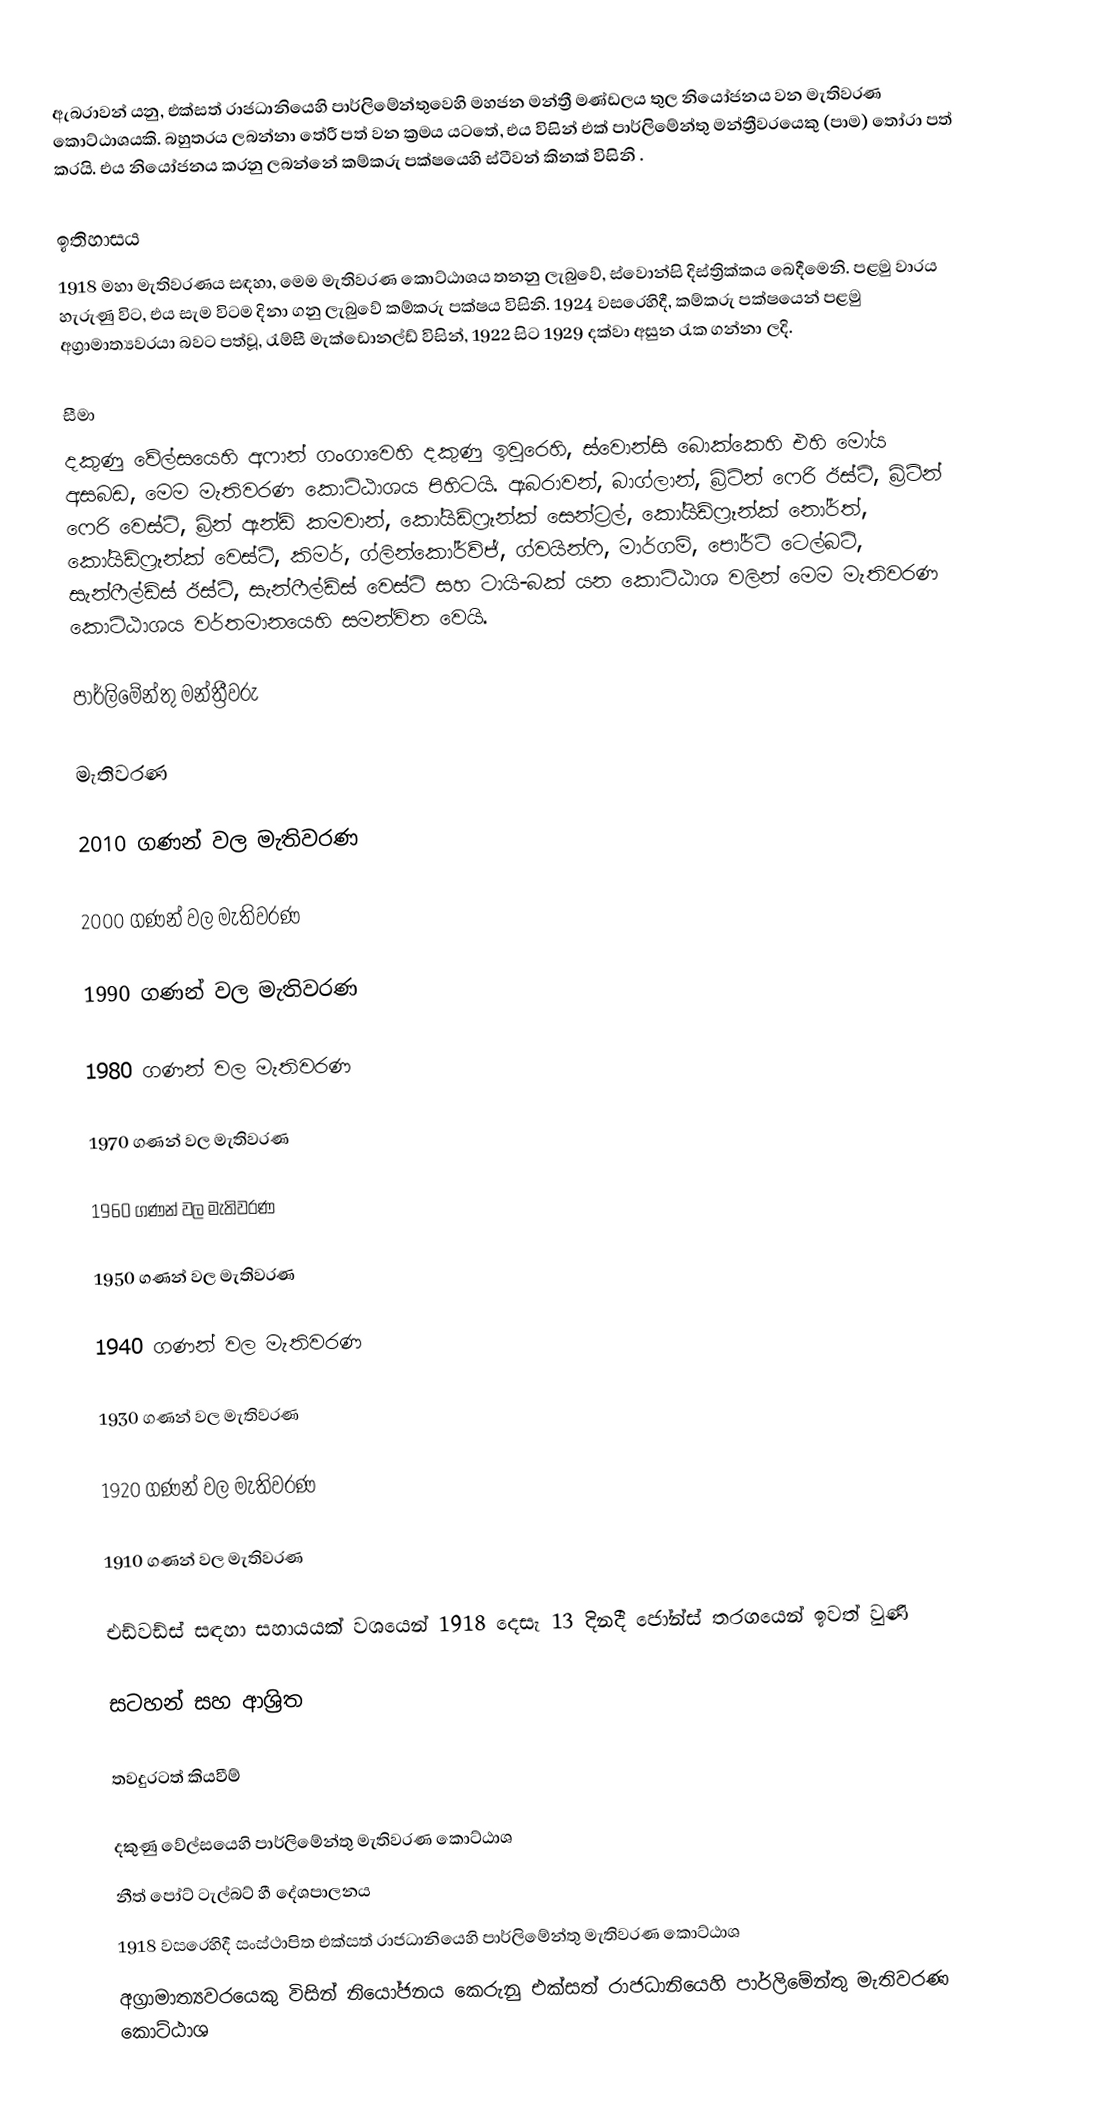
ඇබරාවන්  යනු,  එක්සත් රාජධානියෙහි පාර්ලිමේන්තුවෙහි මහජන මන්ත්‍රී මණ්ඩලය තුල නියෝජනය වන  මැතිවරණ කොට්ඨාශයකි. බහුතරය ලබන්නා තේරී පත් වන ක්‍රමය යටතේ, එය විසින් එක් පාර්ලිමේන්තු මන්ත්‍රීවරයෙකු (පාම) තෝරා පත් කරයි. එය නියෝජනය කරනු ලබන්නේ කම්කරු පක්ෂයෙහි  ස්ටීවන් කිනක් විසිනි .

ඉතිහාසය
1918 මහා මැතිවරණය සඳහා,  මෙම මැතිවරණ කොට්ඨාශය තනනු ලැබුවේ,    ස්වොන්සි දිස්ත්‍රික්කය බෙදීමෙනි.  පළමු වාරය හැරුණු විට, එය සැම විටම දිනා ගනු ලැබුවේ කම්කරු පක්ෂය විසිනි. 1924 වසරෙහිදී, කම්කරු පක්ෂයෙන් පළමු අග්‍රාමාත්‍යවරයා බවට පත්වූ, රැම්සී මැක්ඩොනල්ඩ් විසින්,  1922 සිට 1929 දක්වා අසුන රැක ගන්නා ලදි.

සීමා
දකුණු වේල්සයෙහි අෆාන් ගංගාවෙහි දකුණු ඉවුරෙහි,  ස්වොන්සි බොක්කෙහි එහි මෝය අසබඩ, මෙම මැතිවරණ කොට්ඨාශය පිහිටයි.  ඇබරාවන්,  බාග්ලාන්, බ්‍රිට්න් ෆෙරි ඊස්ට්, බ්‍රිට්න් ෆෙරි වෙස්ට්, බ්‍රින් ඇන්ඩ් කමවාන්, කෝයිඩ්ෆ්‍රෑන්ක් සෙන්ට්‍රල්, කෝයිඩ්ෆ්‍රෑන්ක් නෝර්ත්, කෝයිඩ්ෆ්‍රෑන්ක් වෙස්ට්,  කිමර්, ග්ලින්කෝර්ව්ජ්, ග්වයින්ෆි, මාර්ගම්,  පෝර්ට් ටෙල්බට්, සැන්ෆීල්ඩ්ස් ඊස්ට්, සැන්ෆීල්ඩ්ස් වෙස්ට් සහ ටායි-බක් යන කොට්ඨාශ වලින් මෙම මැතිවරණ කොට්ඨාශය වර්තමානයෙහි සමන්විත වෙයි.

පාර්ලිමේන්තු මන්ත්‍රීවරු

මැතිවරණ

2010 ගණන් වල මැතිවරණ

2000 ගණන් වල මැතිවරණ

1990 ගණන් වල මැතිවරණ

1980 ගණන් වල මැතිවරණ

1970 ගණන් වල මැතිවරණ

1960 ගණන් වල මැතිවරණ

1950 ගණන් වල මැතිවරණ

1940 ගණන් වල මැතිවරණ

1930 ගණන් වල මැතිවරණ

1920 ගණන් වල මැතිවරණ

1910 ගණන් වල මැතිවරණ

එඩ්වඩ්ස් සඳහා සහායයක් වශයෙන් 1918 දෙසැ 13 දිනදී ජෝන්ස් තරගයෙන් ඉවත් වුණි

සටහන් සහ ආශ්‍රිත

තවදුරටත් කියවීම්

දකුණු වේල්සයෙහි පාර්ලිමේන්තු මැතිවරණ කොට්ඨාශ
 නීත් පෝට් ටැල්බට් හී දේශපාලනය
 1918 වසරෙහිදී සංස්ථාපිත එක්සත් රාජධානියෙහි පාර්ලිමේන්තු මැතිවරණ කොට්ඨාශ
අග්‍රාමාත්‍යවරයෙකු විසින් නියෝජනය කෙරුනු එක්සත් රාජධානියෙහි පාර්ලිමේන්තු මැතිවරණ කොට්ඨාශ